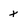
Character: X